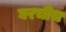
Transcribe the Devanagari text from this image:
घरचीच